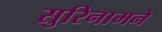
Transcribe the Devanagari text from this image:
सुरिनामने